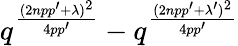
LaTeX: q^{\frac{(2npp^{\prime}+\lambda)^{2}}{4pp^{\prime}}}-q^{\frac{(2npp^{\prime}+\lambda^{\prime})^{2}}{4pp^{\prime}}}